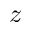
z